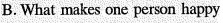
B. What makes one person happy